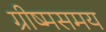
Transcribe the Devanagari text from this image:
ग्रीष्मसमय